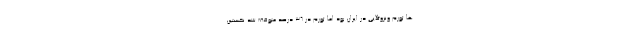
ها تورم ونزوئلایی در ایران بود اما تورم در ۳۶ درصد متوقف شد نخستین